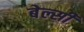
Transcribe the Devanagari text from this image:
बेल्सी